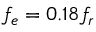
f _ { e } = 0 . 1 8 f _ { r }